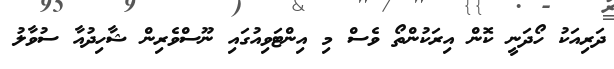
ދަރިއަކު ހޯދަނީ ކޮން އިރަކުންތޯ ވެސް މި އިންޓަވިއުގައި ނޫސްވެރިން ޝާހިދުއާ ސުވާލު